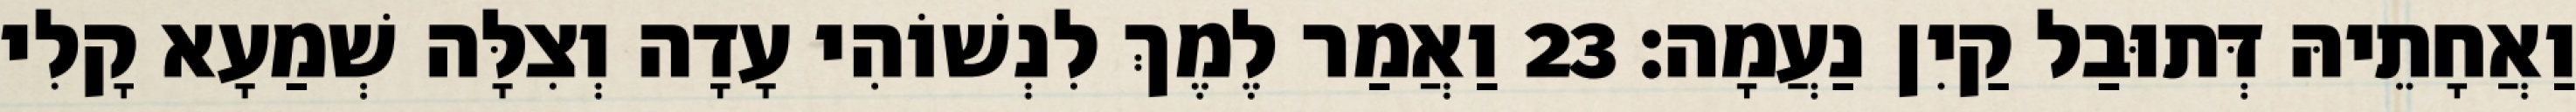
וַאֲחָתֵיהּ דְּתוּבַל קַיִן נַעֲמָה׃ 23 וַאֲמַר לֶמֶךְ לִנְשׁוֹהִי עָדָה וְצִלָּה שְׁמַעָא קָלִי